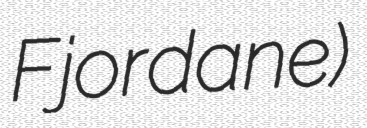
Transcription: Fjordane)